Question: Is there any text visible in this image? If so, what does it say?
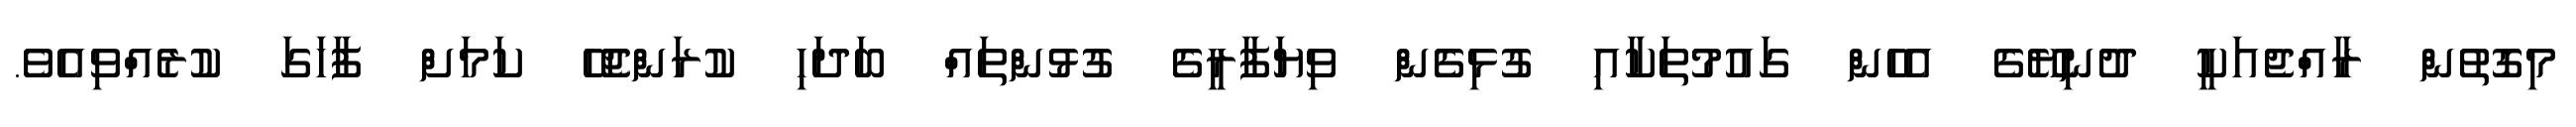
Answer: މިގޮތުން ރާއްޖެއަކީ ދުނިޔޭގެ އެހެން ގައުމުތަކާއި ގުޅިގެެން ވިޔަފާރީގެ ގުޅުންތައް ބަދަހި ކުރަންޖެހޭ ކަމަށް ފާހަގަ ކުރެއްވިއެވެ.